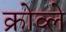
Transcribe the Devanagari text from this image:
क्रोव्ले